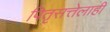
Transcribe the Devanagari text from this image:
पितृसत्तेलाही